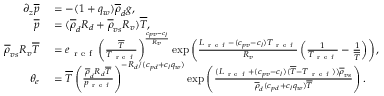
\begin{array} { r l } { \partial _ { z } \overline { { p } } } & { { } = - ( 1 + q _ { w } ) \overline { { \rho } } _ { d } g , } \\ { \overline { { p } } } & { { } = ( \overline { { \rho } } _ { d } R _ { d } + \overline { { \rho } } _ { v s } R _ { v } ) \overline { { T } } , } \\ { \overline { { \rho } } _ { v s } R _ { v } \overline { { T } } } & { { } = e _ { \mathrm { ~ r ~ e ~ f ~ } } \left( \frac { \overline { { T } } } { T _ { \mathrm { ~ r ~ e ~ f ~ } } } \right) ^ { \frac { c _ { p v } - c _ { l } } { R _ { v } } } \exp \left( \frac { L _ { \mathrm { ~ r ~ e ~ f ~ } } - ( c _ { p v } - c _ { l } ) T _ { \mathrm { ~ r ~ e ~ f ~ } } } { R _ { v } } \left( \frac { 1 } { T _ { \mathrm { ~ r ~ e ~ f ~ } } } - \frac { 1 } { \overline { { T } } } \right) \right) , } \\ { \theta _ { e } } & { { } = \overline { { T } } \left( \frac { \overline { { \rho } } _ { d } R _ { d } \overline { { T } } } { p _ { \mathrm { ~ r ~ e ~ f ~ } } } \right) ^ { - R _ { d } / ( c _ { p d } + c _ { l } q _ { w } ) } \exp \left( \frac { ( L _ { \mathrm { ~ r ~ e ~ f ~ } } + ( c _ { p v } - c _ { l } ) ( \overline { { T } } - T _ { \mathrm { ~ r ~ e ~ f ~ } } ) ) \overline { { \rho } } _ { v s } } { \overline { { \rho } } _ { d } ( c _ { p d } + c _ { l } q _ { w } ) \overline { { T } } } \right) . } \end{array}